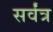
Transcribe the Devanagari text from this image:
सर्वंत्र